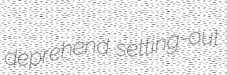
deprehend setting-out